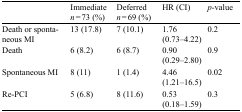
|  | Immediate n = 73 (%) | Deferred n = 69 (%) | HR (CI) | p- value |
 | --- | --- | --- | --- | --- |
 | Death or spontaneous MI | 13 (17.8) | 7 (10.1) | 1.76 (0.73–4.22) | 0.2 |
 | Death | 6 (8.2) | 6 (8.7) | 0.90 (0.29–2.80) | 0.9 |
 | Spontaneous MI | 8 (11) | 1 (1.4) | 4.46 (1.21–16.5) | 0.02 |
 | Re-PCI | 5 (6.8) | 8 (11.6) | 0.53 (0.18–1.59) | 0.3 |